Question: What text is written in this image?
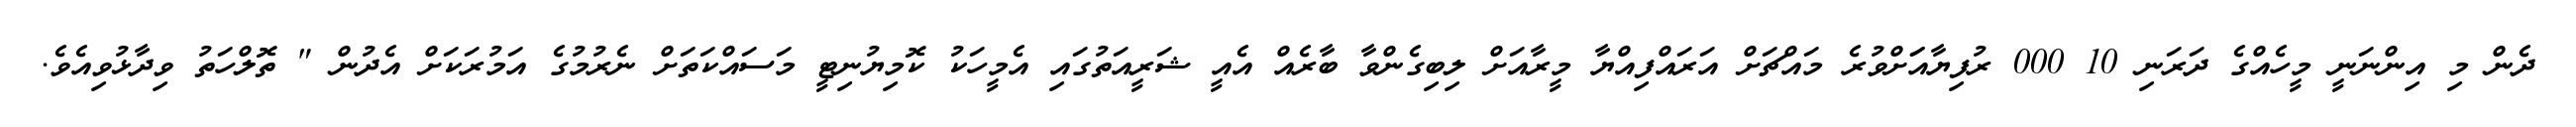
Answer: ދެން މި އިންނަނީ މީހެއްގެ ދަރަނި 10 000 ރުފިޔާއަަށްވުރެ މައްޗަށް އަރައްފިއްޔާ މީރާއަށް ލިބިގެންވާ ބާރެއް އެއީ ޝަރީއަތުގައި އެމީހަކު ކޮމިޔުނިޓީ މަސައްކަތަށް ނެރުމުގެ އަމުރަކަށް އެދުން " ތޮލްހަތު ވިދާޅުވިއެވެ.